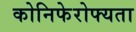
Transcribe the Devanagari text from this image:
कोनिफेरोफ्यता